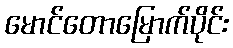
မောင်တောမြောက်ပိုင်း